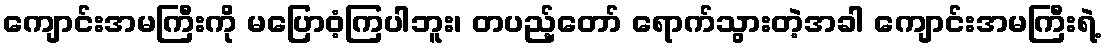
ကျောင်းအမကြီးကို မပြောဝံ့ကြပါဘူး၊ တပည့်တော် ရောက်သွားတဲ့အခါ ကျောင်းအမကြီးရဲ့